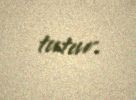
tutur.